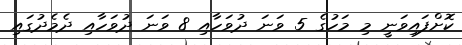
ކޮށްފައިވަނީ މި މަހުގެ 5 ވަނަ ދުވަހާއި 8 ވަނަ ދުވަހާއި ދެމެދުގައި